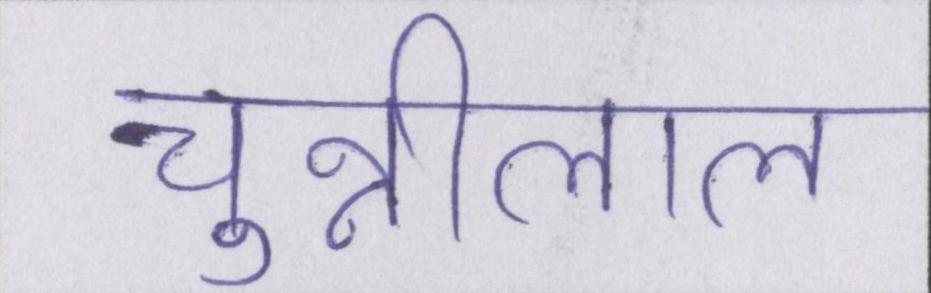
चुन्नीलाल